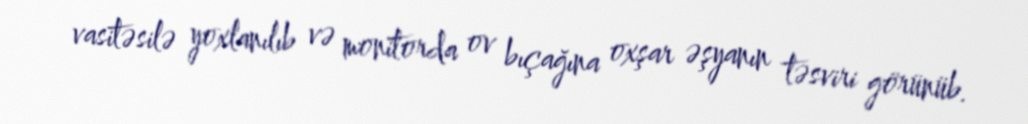
vasitəsilə yoxlanılıb və monitorda ov bıçağına oxşar əşyanın təsviri görünüb.